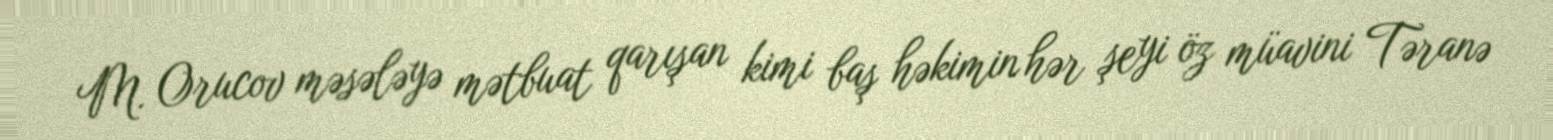
M. Orucov məsələyə mətbuat qarışan kimi baş həkimin hər şeyi öz müavini Təranə